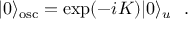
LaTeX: | 0 \rangle _ { \mathrm { o s c } } = \exp ( - i K ) | 0 \rangle _ { u } \ \ .